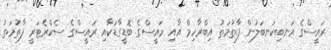
ރައީސްގެ އަނބިކަނބަލުން ފާތުމަތު އިބްރާހިމް އާއި ރައީސްގެ ބޮޑީގާޑަކާއި ރައީސްގެ ސެކްރެޓަރީ ފާތުމަތު